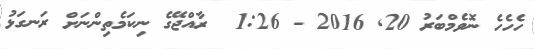
ހެހެހެ ނޮވެމްބަރު 20